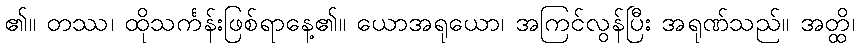
၏။ တဿ၊ ထိုသင်္ကန်းဖြစ်ရာနေ့၏။ ယောအရုယော၊ အကြင်လွန်ပြီး အရုဏ်သည်။ အတ္ထိ၊